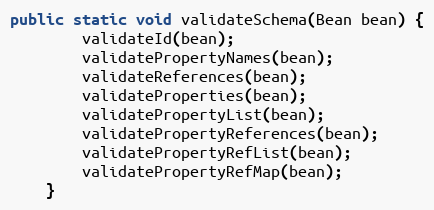
Language: Java
public static void validateSchema(Bean bean) {
        validateId(bean);
        validatePropertyNames(bean);
        validateReferences(bean);
        validateProperties(bean);
        validatePropertyList(bean);
        validatePropertyReferences(bean);
        validatePropertyRefList(bean);
        validatePropertyRefMap(bean);
    }